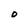
Character: 0